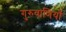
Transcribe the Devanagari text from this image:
गुरुवाणियाँ